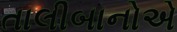
તાલીબાનોએ